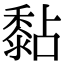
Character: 黏